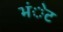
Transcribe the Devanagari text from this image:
भंेट